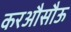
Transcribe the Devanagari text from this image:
करऔसौऊ